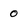
Character: 0